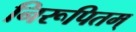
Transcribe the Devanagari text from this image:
निरूपितम्